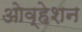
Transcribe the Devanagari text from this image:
ओव्हेशन